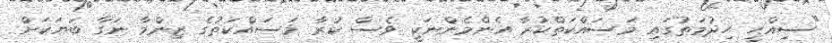
"ސިއްހީ ހިދުމަތުގައި މަސައްކަތްކުރާ އެންމެންނަކީ ވެސް ކުރާ މަސައްކަތުގެ ޒިންމާ ނަގާ ބަޔަކަށް